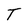
Character: T